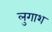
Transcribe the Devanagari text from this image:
लुगाश